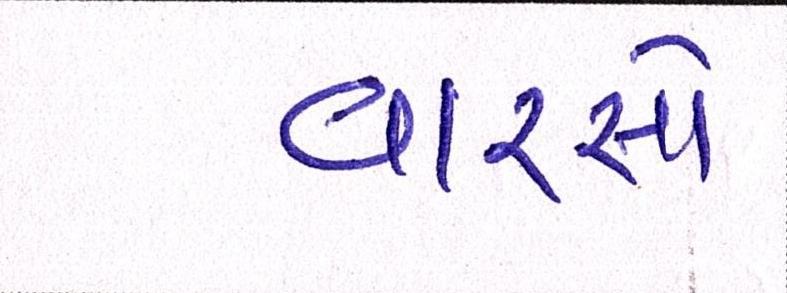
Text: વારસો